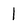
Character: l